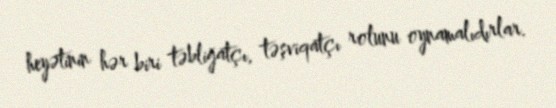
heyətinin hər biri təbliğatçı, təşviqatçı rolunu oynamalıdırlar.